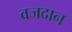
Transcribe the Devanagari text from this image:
वजदान